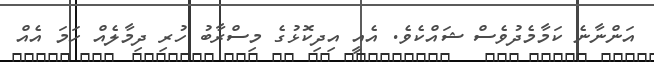
އަންނާނެ ކަަމާމެދުވެސް ޝައްކެވެ. އެއީ އިދިކޮޅުގެ މިސްރާބު ހުރި ދިމާލެއް ހަމަ އެއް